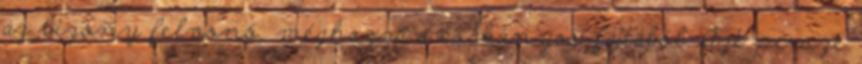
az bizony felvonó, méghozzá a csákányos fajtából. Azt persze